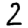
Digit: 2